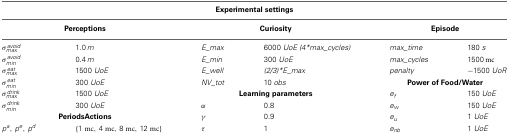
| <COLSPAN=6> Experimental settings |
 | --- | --- | --- | --- | --- | --- |
 | <COLSPAN=2> Perceptions | <COLSPAN=2> Curiosity | <COLSPAN=2> Episode |
 | σavoidmax | 1.0 m | E_max | 6000 UoE (4*max_cycles) | max_time | 180 s |
 | σavoidmin | 0.4 m | E_min | 300 UoE | max_cycles | 1500 mc |
 | σeatmax | 1500 UoE | E_well | (2/3)*E_max | penalty | −1500 UoR |
 | σeat | 300 UoE | NV_tot | 10 obs | <COLSPAN=2> Power of Food/Water |
 | σdrinkmax | 1500 UoE | <COLSPAN=2> Learning parameters | ef | 150 UoE |
 | σdrinkmin | 300 UoE | α | 0.8 | ew | 150 UoE |
 | <COLSPAN=2> PeriodsActions | γ | 0.9 | eu | 1 UoE |
 | pa, pe, pd | {1 mc, 4 mc, 8 mc, 12 mc} | τ | 1 | enb | 1 UoE |